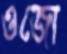
ওজো